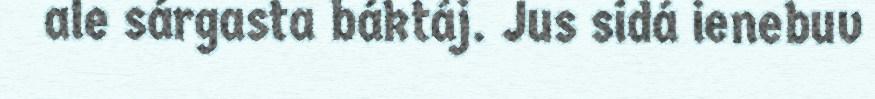
ale sárgasta báktáj. Jus sidá ienebuv